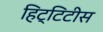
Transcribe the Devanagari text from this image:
हिट्टिटीस